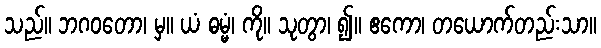
သည်။ ဘဂဝတော၊ မှ။ ယံ ဓမ္မံ၊ ကို။ သုတွာ၊ ၍။ ဧကော၊ တယောက်တည်းသာ။